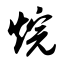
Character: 烷